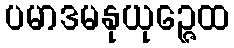
ပမာဒမနုယုဉ္ဇေထ